Leningradi_Edasi_toimetus, lk 74
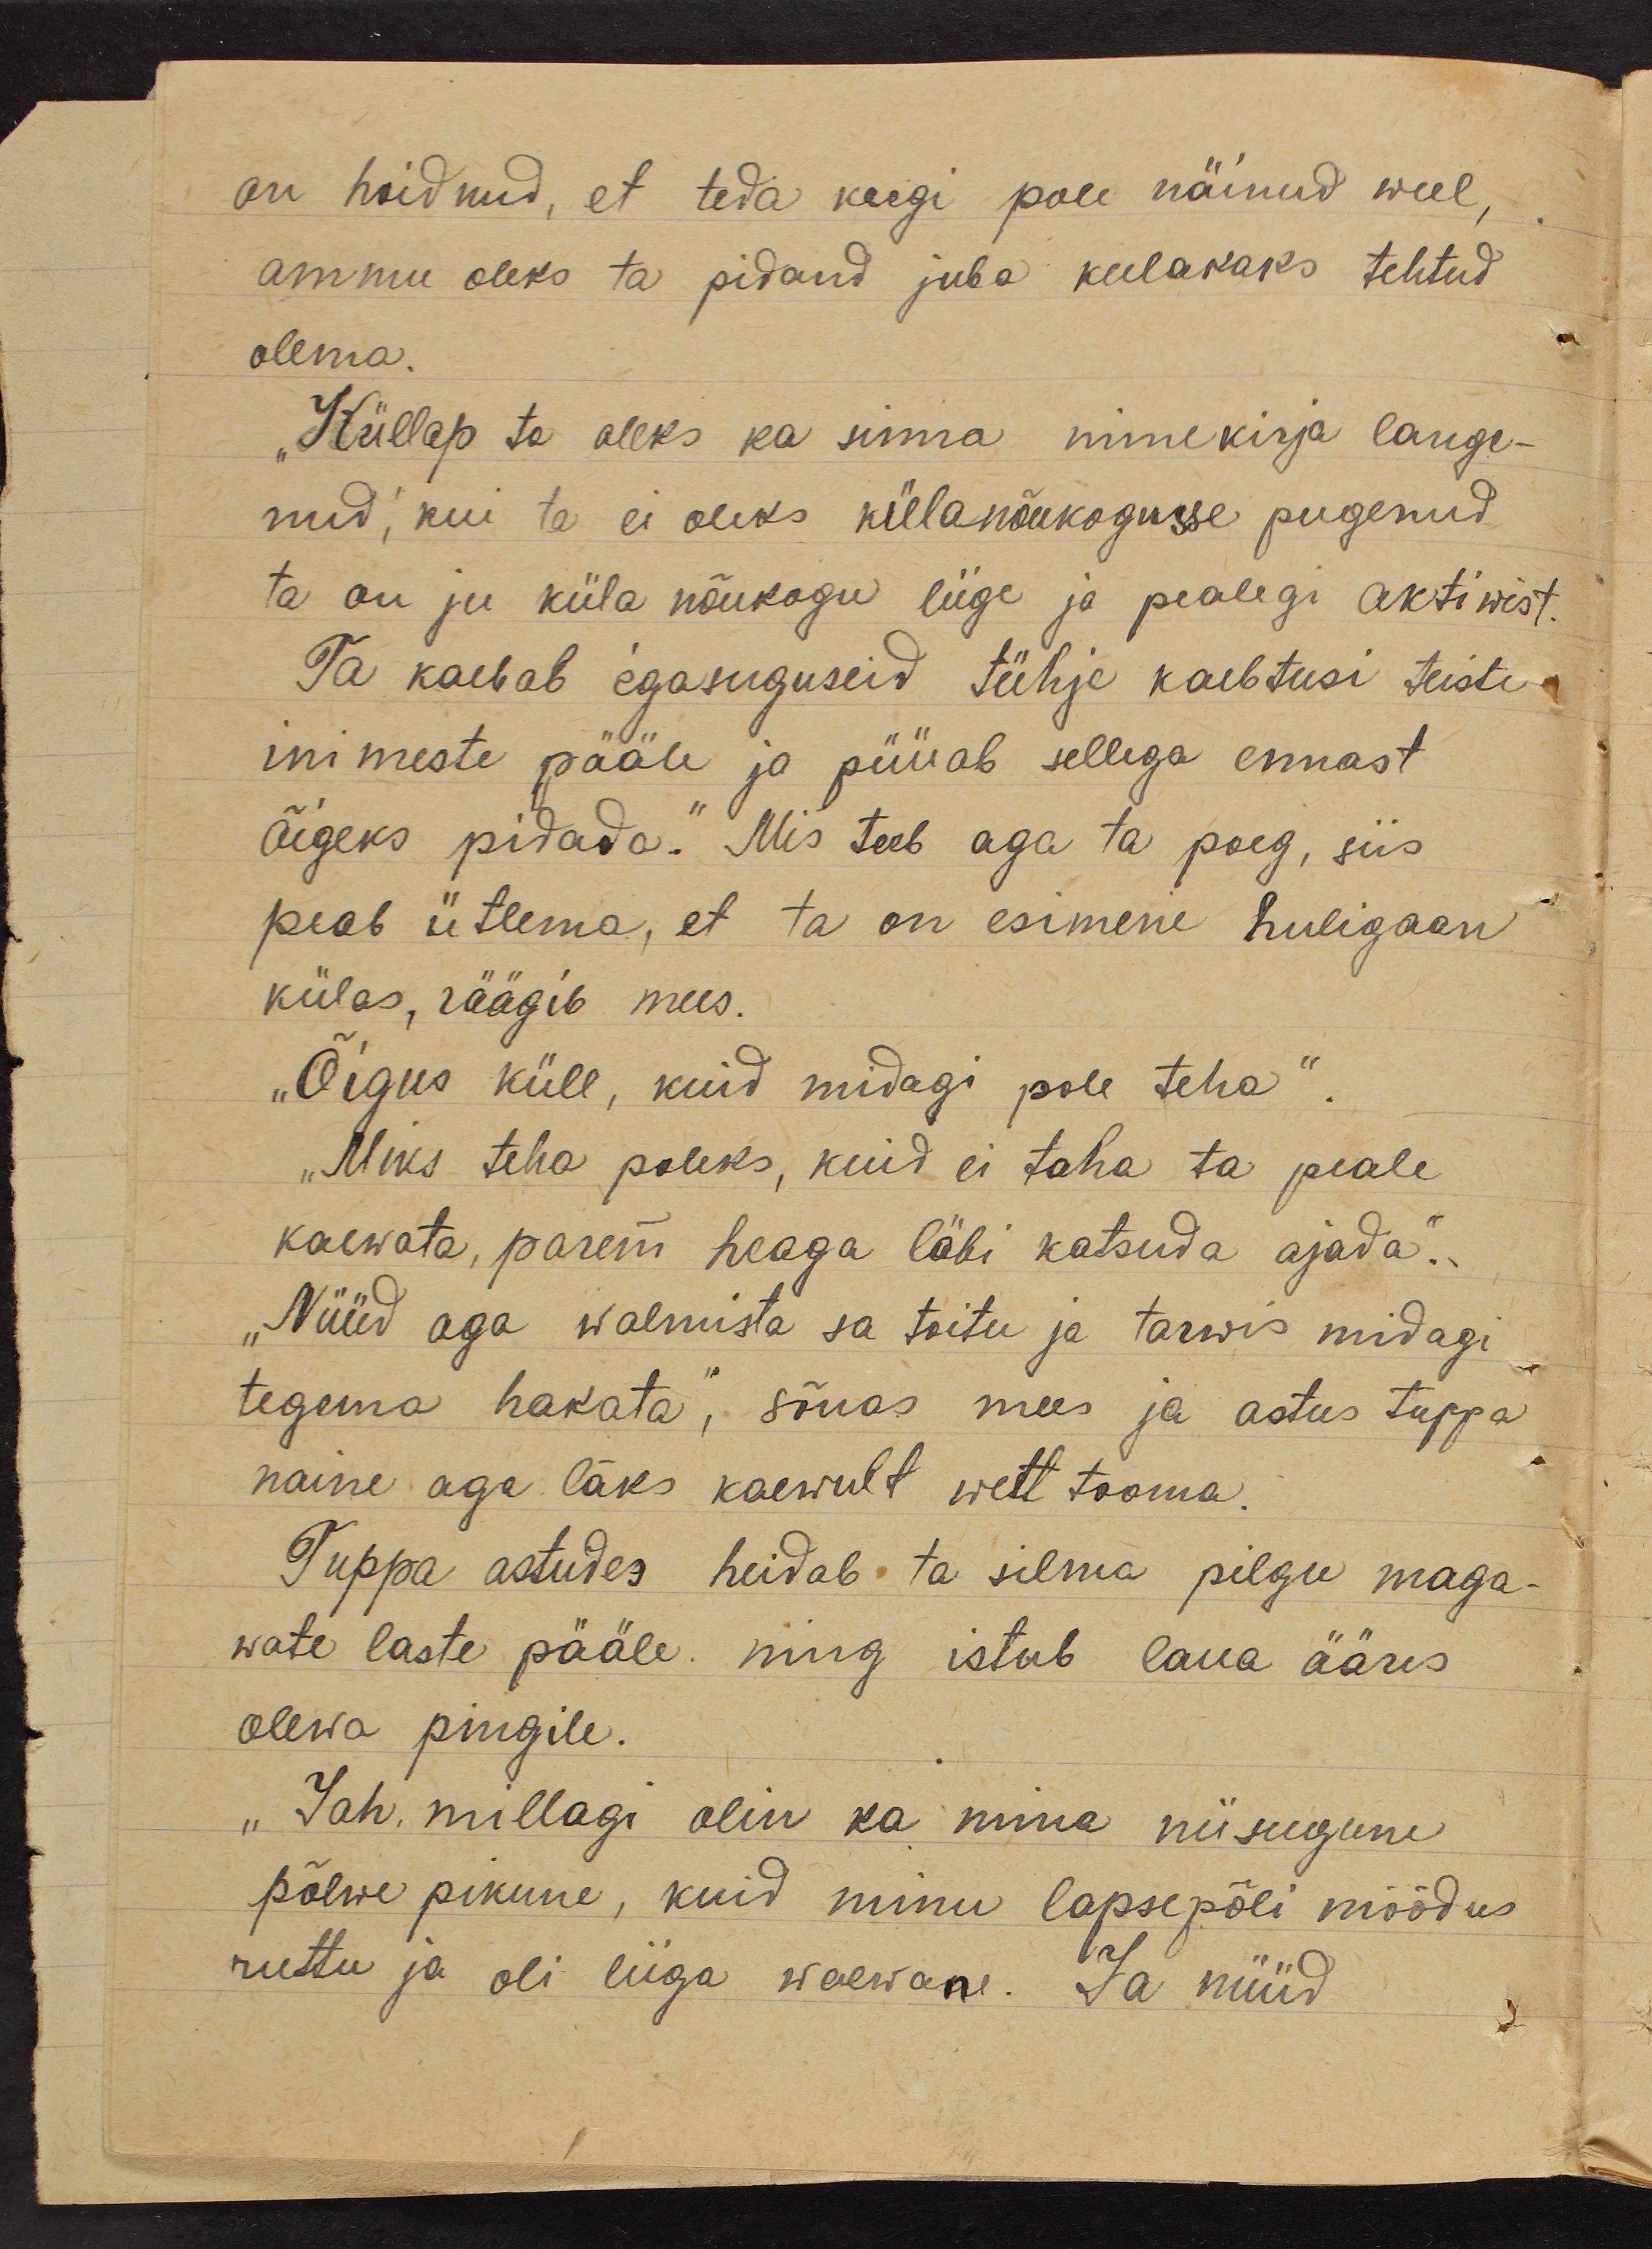
on hoidnud, et teda keegi pole näinud weel,
ammu oleks ta pidand juba kulakaks tehtud
olema.
"Küllap ta oleks ka sinna nimekirja lange-
nud, kui ta ei oleks külanõukogusse pugenud
ta on ju küla nõukogu liige ja pealegi aktiwist.
Ta kaebab igasuguseid tühje kaebtusi teiste
inimeste pääle ja püüab sellega ennast
õigeks pidada. Mis teeb aga ta poeg, siis
peab ütlema, et ta on esimene huligaan
külas, räägib mees.
"Õigus küll, kuid midagi pole teha".
„Miks teha poleks, kuid ei taha ta peale
kaewata, parem heaga läbi katsuda ajada".
"Nüüd aga walmista sa toitu ja tarwis midagi
tegema hakata", sõnas mees ja astus tuppa
naine aga läks kaewult wett tooma.
Tuppa astudes heidab ta silma pilgu maga-
wate laste pääle ning istub laua ääres
olewa pingile.
"Jah, millagi olin ka mina niisugune
põlwe pikune, kuid minu lapsepõli möödus
ruttu ja oli liiga waewane. Ja nüüd